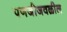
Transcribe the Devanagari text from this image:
पणजीजवळील